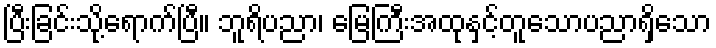
ပြီးခြင်းသို့ရောက်ပြီ။ ဘူရိပညာ၊ မြေကြီးအထုနှင့်တူသောပညာရှိသော